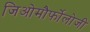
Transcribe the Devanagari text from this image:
जिओमौर्फोलोजी